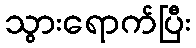
သွားရောက်ပြီး